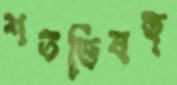
শতভিষক্‌